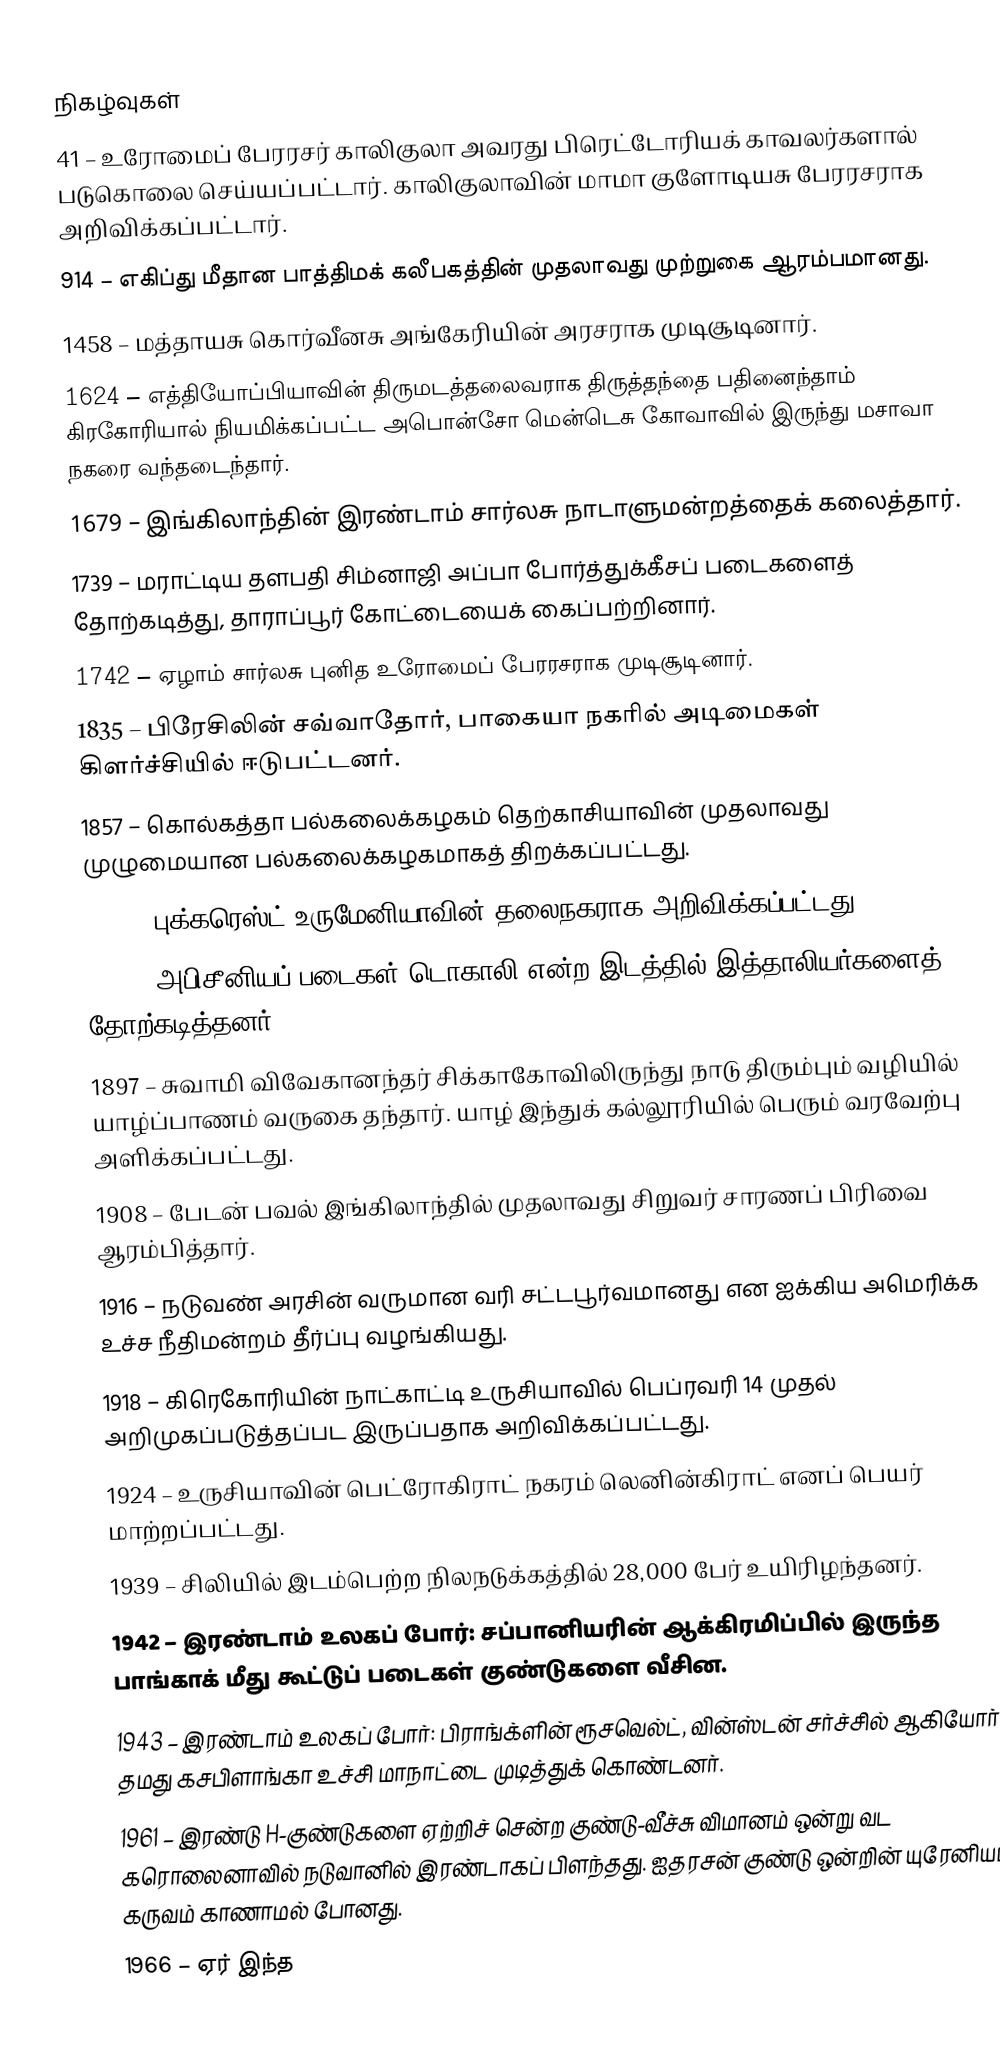

நிகழ்வுகள்
 41 – உரோமைப் பேரரசர் காலிகுலா அவரது பிரெட்டோரியக் காவலர்களால் படுகொலை செய்யப்பட்டார். காலிகுலாவின் மாமா குளோடியசு பேரரசராக அறிவிக்கப்பட்டார்.
 914 – எகிப்து மீதான பாத்திமக் கலீபகத்தின் முதலாவது முற்றுகை ஆரம்பமானது.
1458 – மத்தாயசு கொர்வீனசு அங்கேரியின் அரசராக முடிசூடினார்.
1624 – எத்தியோப்பியாவின் திருமடத்தலைவராக திருத்தந்தை பதினைந்தாம் கிரகோரியால் நியமிக்கப்பட்ட அபொன்சோ மென்டெசு கோவாவில் இருந்து மசாவா நகரை வந்தடைந்தார்.
1679 – இங்கிலாந்தின் இரண்டாம் சார்லசு நாடாளுமன்றத்தைக் கலைத்தார்.
1739 – மராட்டிய தளபதி சிம்னாஜி அப்பா போர்த்துக்கீசப் படைகளைத் தோற்கடித்து, தாராப்பூர் கோட்டையைக் கைப்பற்றினார்.
1742 – ஏழாம் சார்லசு புனித உரோமைப் பேரரசராக முடிசூடினார்.
1835 – பிரேசிலின் சவ்வாதோர், பாகையா நகரில் அடிமைகள் கிளர்ச்சியில் ஈடுபட்டனர்.
1857 – கொல்கத்தா பல்கலைக்கழகம் தெற்காசியாவின் முதலாவது முழுமையான பல்கலைக்கழகமாகத் திறக்கப்பட்டது.
1862 – புக்கரெஸ்ட் உருமேனியாவின் தலைநகராக அறிவிக்கப்பட்டது.
1887 – அபிசீனியப் படைகள் டொகாலி என்ற இடத்தில் இத்தாலியர்களைத் தோற்கடித்தனர்.
1897 – சுவாமி விவேகானந்தர் சிக்காகோவிலிருந்து நாடு திரும்பும் வழியில் யாழ்ப்பாணம் வருகை தந்தார். யாழ் இந்துக் கல்லூரியில் பெரும் வரவேற்பு அளிக்கப்பட்டது.
1908 – பேடன் பவல் இங்கிலாந்தில் முதலாவது சிறுவர் சாரணப் பிரிவை ஆரம்பித்தார்.
1916 – நடுவண் அரசின் வருமான வரி சட்டபூர்வமானது என ஐக்கிய அமெரிக்க உச்ச நீதிமன்றம் தீர்ப்பு வழங்கியது.
1918 – கிரெகோரியின் நாட்காட்டி உருசியாவில் பெப்ரவரி 14 முதல் அறிமுகப்படுத்தப்பட இருப்பதாக அறிவிக்கப்பட்டது.
1924 – உருசியாவின் பெட்ரோகிராட் நகரம் லெனின்கிராட் எனப் பெயர் மாற்றப்பட்டது.
1939 – சிலியில் இடம்பெற்ற நிலநடுக்கத்தில் 28,000 பேர் உயிரிழந்தனர்.
1942 – இரண்டாம் உலகப் போர்: சப்பானியரின் ஆக்கிரமிப்பில் இருந்த பாங்காக் மீது கூட்டுப் படைகள் குண்டுகளை வீசின.
1943 – இரண்டாம் உலகப் போர்: பிராங்க்ளின் ரூசவெல்ட், வின்ஸ்டன் சர்ச்சில் ஆகியோர் தமது கசபிளாங்கா உச்சி மாநாட்டை முடித்துக் கொண்டனர்.
1961 – இரண்டு H-குண்டுகளை ஏற்றிச் சென்ற குண்டு-வீச்சு விமானம் ஒன்று வட கரொலைனாவில் நடுவானில் இரண்டாகப் பிளந்தது. ஐதரசன் குண்டு ஒன்றின் யுரேனியம் கருவம் காணாமல் போனது.
1966 – ஏர் இந்த